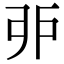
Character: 戼